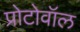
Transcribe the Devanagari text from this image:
प्रोटोवॉल